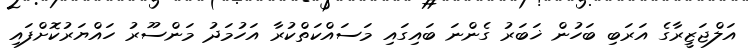
އަލްޖަޒީރާގެ އަރަބި ބަހުން ޚަބަރު ގެންނަ ބައިގައި މަސައްކަތްކުރާ އަހުމަދު މަންސޫރު ހައްޔަރުކޮށްފައި